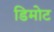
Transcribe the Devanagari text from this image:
डिमोट